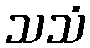
သသံ